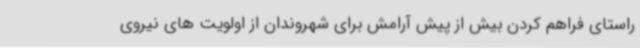
راستای فراهم کردن بیش از پیش آرامش برای شهروندان از اولویت های نیروی